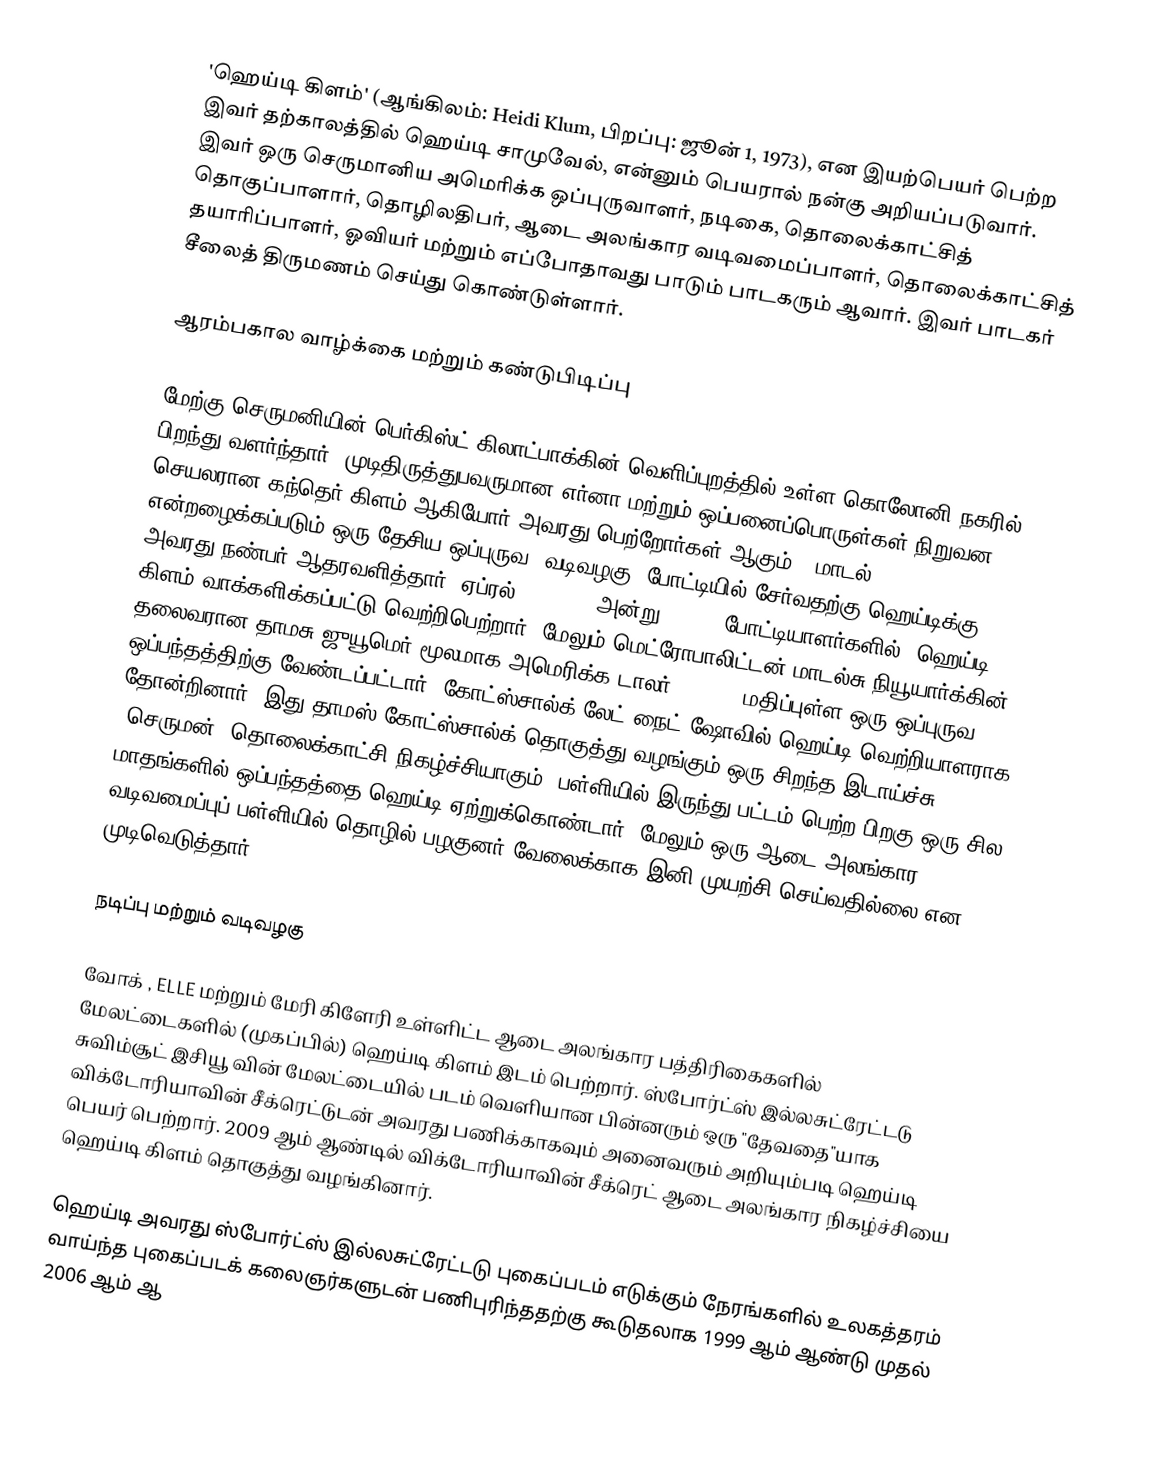
'ஹெய்டி கிளம்'  (ஆங்கிலம்: Heidi Klum, பிறப்பு: ஜூன் 1, 1973), என இயற்பெயர் பெற்ற இவர் தற்காலத்தில் ஹெய்டி சாமுவேல், என்னும் பெயரால் நன்கு அறியப்படுவார். இவர் ஒரு செருமானிய அமெரிக்க ஒப்புருவாளர், நடிகை, தொலைக்காட்சித் தொகுப்பாளார், தொழிலதிபர், ஆடை அலங்கார வடிவமைப்பாளர், தொலைக்காட்சித் தயாரிப்பாளர், ஓவியர் மற்றும் எப்போதாவது பாடும் பாடகரும் ஆவார். இவர் பாடகர் சீலைத் திருமணம் செய்து கொண்டுள்ளார்.

ஆரம்பகால வாழ்க்கை மற்றும் கண்டுபிடிப்பு

மேற்கு செருமனியின் பெர்கிஸ்ட் கிலாட்பாக்கின் வெளிப்புறத்தில் உள்ள கொலோனி நகரில் பிறந்து வளர்ந்தார். முடிதிருத்துபவருமான எர்னா மற்றும் ஒப்பனைப்பொருள்கள் நிறுவன செயலரான கந்தெர் கிளம் ஆகியோர் அவரது பெற்றோர்கள் ஆகும். "மாடல் 92" என்றழைக்கப்படும் ஒரு தேசிய ஒப்புருவ (வடிவழகு) போட்டியில் சேர்வதற்கு ஹெய்டிக்கு அவரது நண்பர் ஆதரவளித்தார். ஏப்ரல் 29, 1992 அன்று 25,000 போட்டியாளர்களில், ஹெய்டி கிளம் வாக்களிக்கப்பட்டு வெற்றிபெற்றார். மேலும் மெட்ரோபாலிட்டன் மாடல்சு நியூயார்க்கின் தலைவரான தாமசு ஜுயூமெர் மூலமாக அமெரிக்க டாலர் 300,000 மதிப்புள்ள ஒரு ஒப்புருவ ஒப்பந்தத்திற்கு வேண்டப்பட்டார். கோட்ஸ்சால்க் லேட் நைட் ஷோவில் ஹெய்டி வெற்றியாளராக  தோன்றினார். இது தாமஸ் கோட்ஸ்சால்க் தொகுத்து வழங்கும் ஒரு சிறந்த இடாய்ச்சு (செருமன்) தொலைக்காட்சி நிகழ்ச்சியாகும். பள்ளியில் இருந்து பட்டம் பெற்ற பிறகு ஒரு சில மாதங்களில் ஒப்பந்தத்தை ஹெய்டி ஏற்றுக்கொண்டார். மேலும் ஒரு ஆடை அலங்கார வடிவமைப்புப் பள்ளியில் தொழில் பழகுனர் வேலைக்காக இனி முயற்சி செய்வதில்லை என முடிவெடுத்தார்.

நடிப்பு மற்றும் வடிவழகு

வோக் , ELLE மற்றும் மேரி கிளேரி உள்ளிட்ட ஆடை அலங்கார பத்திரிகைகளில் மேலட்டைகளில் (முகப்பில்) ஹெய்டி கிளம் இடம் பெற்றார். ஸ்போர்ட்ஸ் இல்லசுட்ரேட்டடு சுவிம்சூட் இசியூ வின் மேலட்டையில் படம் வெளியான பின்னரும் ஒரு "தேவதை"யாக விக்டோரியாவின் சீக்ரெட்டுடன் அவரது பணிக்காகவும் அனைவரும் அறியும்படி ஹெய்டி பெயர் பெற்றார். 2009 ஆம் ஆண்டில் விக்டோரியாவின் சீக்ரெட் ஆடை அலங்கார நிகழ்ச்சியை ஹெய்டி கிளம் தொகுத்து வழங்கினார்.

ஹெய்டி அவரது ஸ்போர்ட்ஸ் இல்லசுட்ரேட்டடு புகைப்படம் எடுக்கும் நேரங்களில் உலகத்தரம் வாய்ந்த புகைப்படக் கலைஞர்களுடன் பணிபுரிந்ததற்கு கூடுதலாக 1999 ஆம் ஆண்டு முதல் 2006 ஆம் ஆ